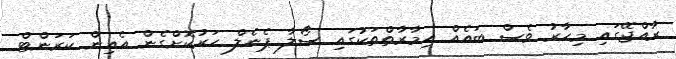
ރާއްޖޭގައި މިހާރު ވެސް ބައެއް އިމާރާތްތަކުގައި ސޯލާ ޕެނެލް ހަރުކޮށްގެން އެއިން ކަރަންޓް